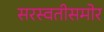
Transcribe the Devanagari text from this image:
सरस्वतीसमोर